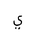
Letter: _ya